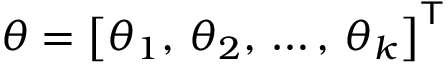
\theta = \left[ \theta _ { 1 } , \, \theta _ { 2 } , \, \ldots , \, \theta _ { k } \right] ^ { \mathsf { T } }